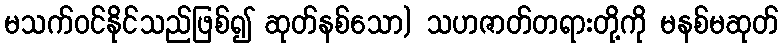
မသက်ဝင်နိုင်သည်ဖြစ်၍ ဆုတ်နစ်သော) သဟဇာတ်တရားတို့ကို မနစ်မဆုတ်